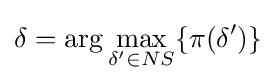
\delta =\arg \max _{\delta '\in {NS}}\{\pi (\delta ')\}